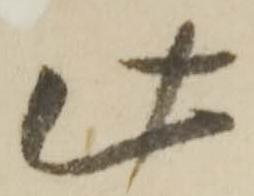
此